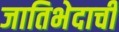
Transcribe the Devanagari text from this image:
जातिभेदाची